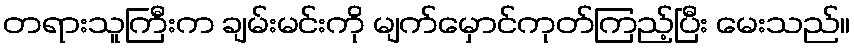
တရားသူကြီးက ချမ်းမင်းကို မျက်မှောင်ကုတ်ကြည့်ပြီး မေးသည်။